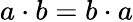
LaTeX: a\cdot b=b\cdot a